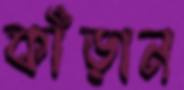
কাঁড়ান